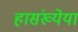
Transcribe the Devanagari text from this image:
हासंख्येया